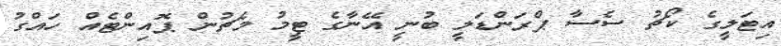
އިޓަލީގެ ކޯޗު ސެސާ ޕްރަންޑަލީ ބުނީ އޭނާގެ ޓީމު މެޗުން ޕޮއިންޓެއް ހައްގު